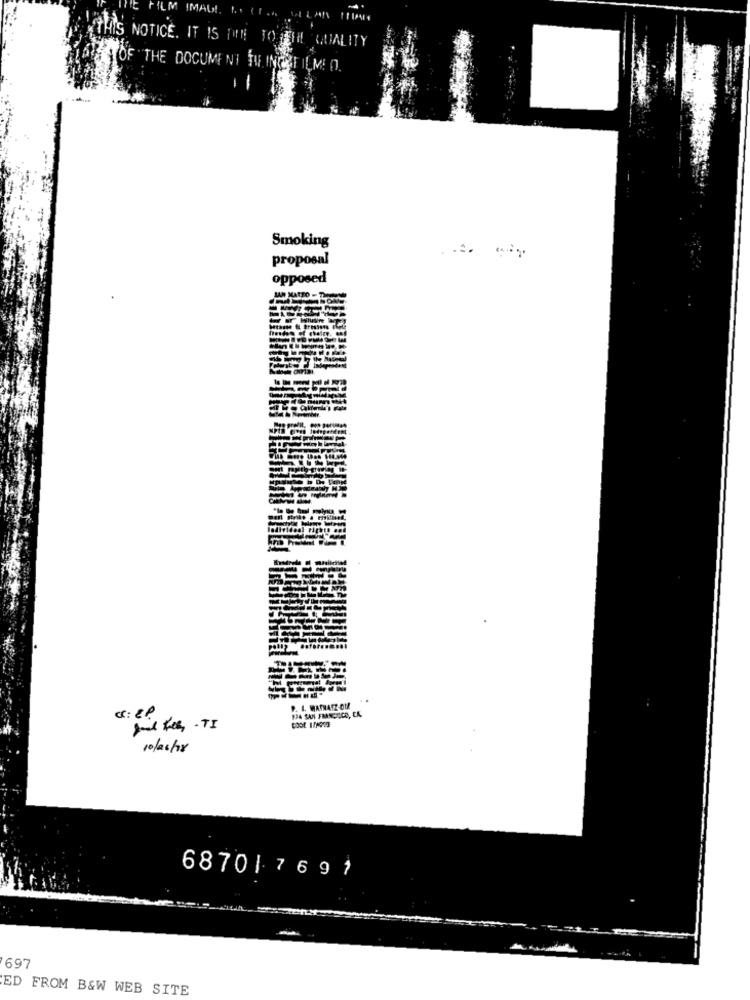
IS NOTICE. IT IS DIN TO THE QUALITY
OF THE DOCUMENT TU INGFILME O.
Smoking
proposal
opposed
P. L. WATHATZ OU
filter, . TI
10/06/18
6870| 7691
697
ED FROM B&W WEB SITE